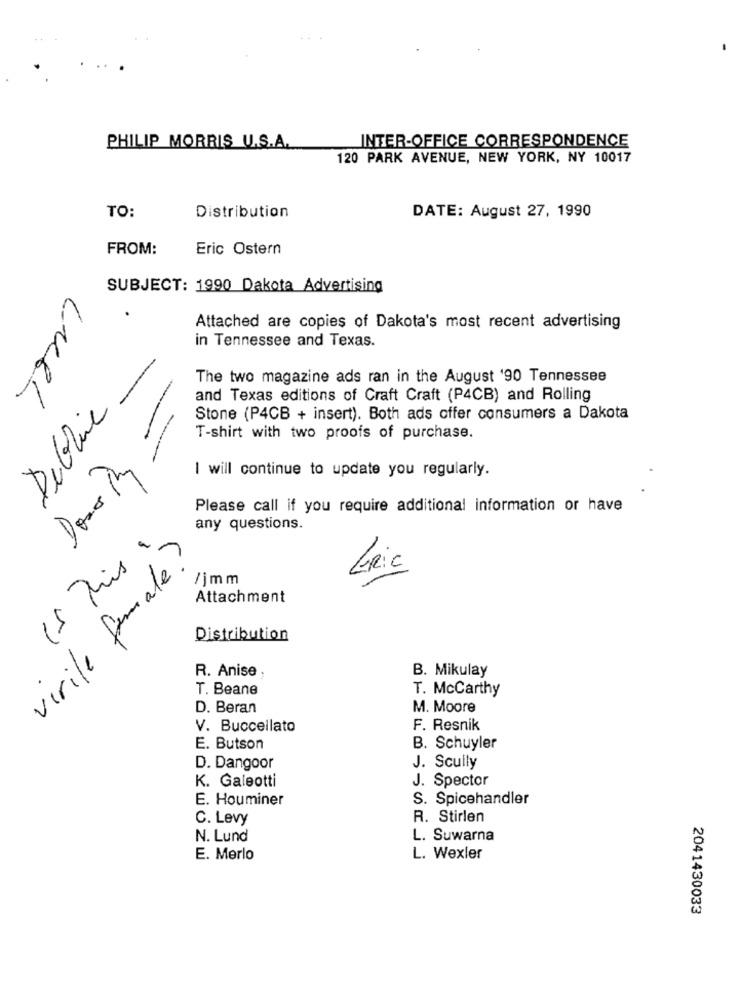
INTER-OFFICE CORRESPONDENCE
PHILIP MORRIS U.S.A.
120 PARK AVENUE, NEW YORK, NY 10017
DATE: August 27, 1990
TO:
Distribution
FROM:
Eric Ostern
SUBJECT: 1990 Dakota Advertising
Attached are copies of Dakota's most recent advertising
in Tennessee and Texas.
The two magazine ads ran in the August '90 Tennessee
and Texas editions of Craft Craft (P4CB) and Rolling
Dubline
Stone (P4CB + insert). Both ads offer consumers a Dakota
T-shirt with two proofs of purchase.
I will continue to update you regularly.
Please call if you require additional information or have
any questions.
15 This .
virile female?
LRic
/jmm
Attachment
Distribution
B. Mikulay
R. Anise ,
T. Beane
T. McCarthy
D. Beran
M. Moore
V. Buccellato
F. Resnik
E. Butson
B. Schuyler
D. Dangoor
J. Scully
J. Spector
K. Galeotti
E. Houminer
S. Spicehandler
C. Levy
R. Stirlen
N. Lund
L. Suwarna
E. Merlo
L. Wexler
2041430033